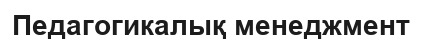
Педагогикалық менеджмент